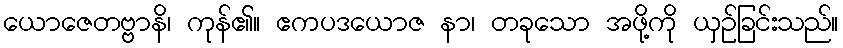
ယောဇေတဗ္ဗာနိ၊ ကုန်၏။ ဧကပဒယောဇ နာ၊ တခုသော အဖို့ကို ယှဉ်ခြင်းသည်။